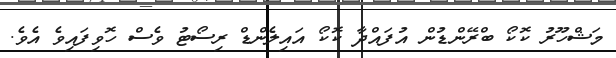
މަޝްހޫރު ކޮކޯ ބްރޭންޑުން އުފައްދާ ކޮކޯ އައިލެންޑް ރިސޯޓު ވެސް ހޮވިފައިވެ އެވެ.